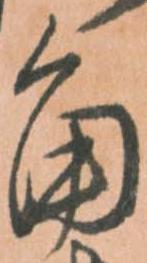
角